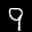
Label: 9